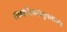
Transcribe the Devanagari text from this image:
सामाजिकसंतुलनाच्या